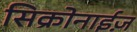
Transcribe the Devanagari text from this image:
सिक्रोनाईज़